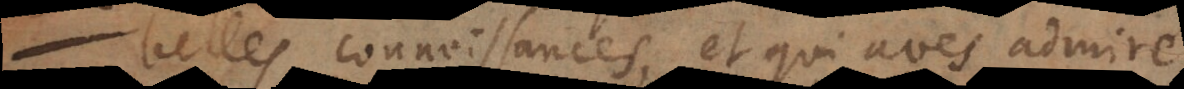
belles connoissances, et qui avés admiré